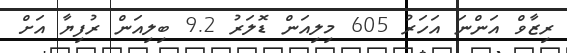
ރިޒާވް އަންނަ އަހަރު 605 މިލިއަން ޑޮލަރު 9.2 ބިލިއަން ރުފިޔާ އަށް